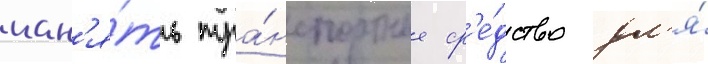
нан'я́ть тра́нспортное ср'е́дство дл'я́